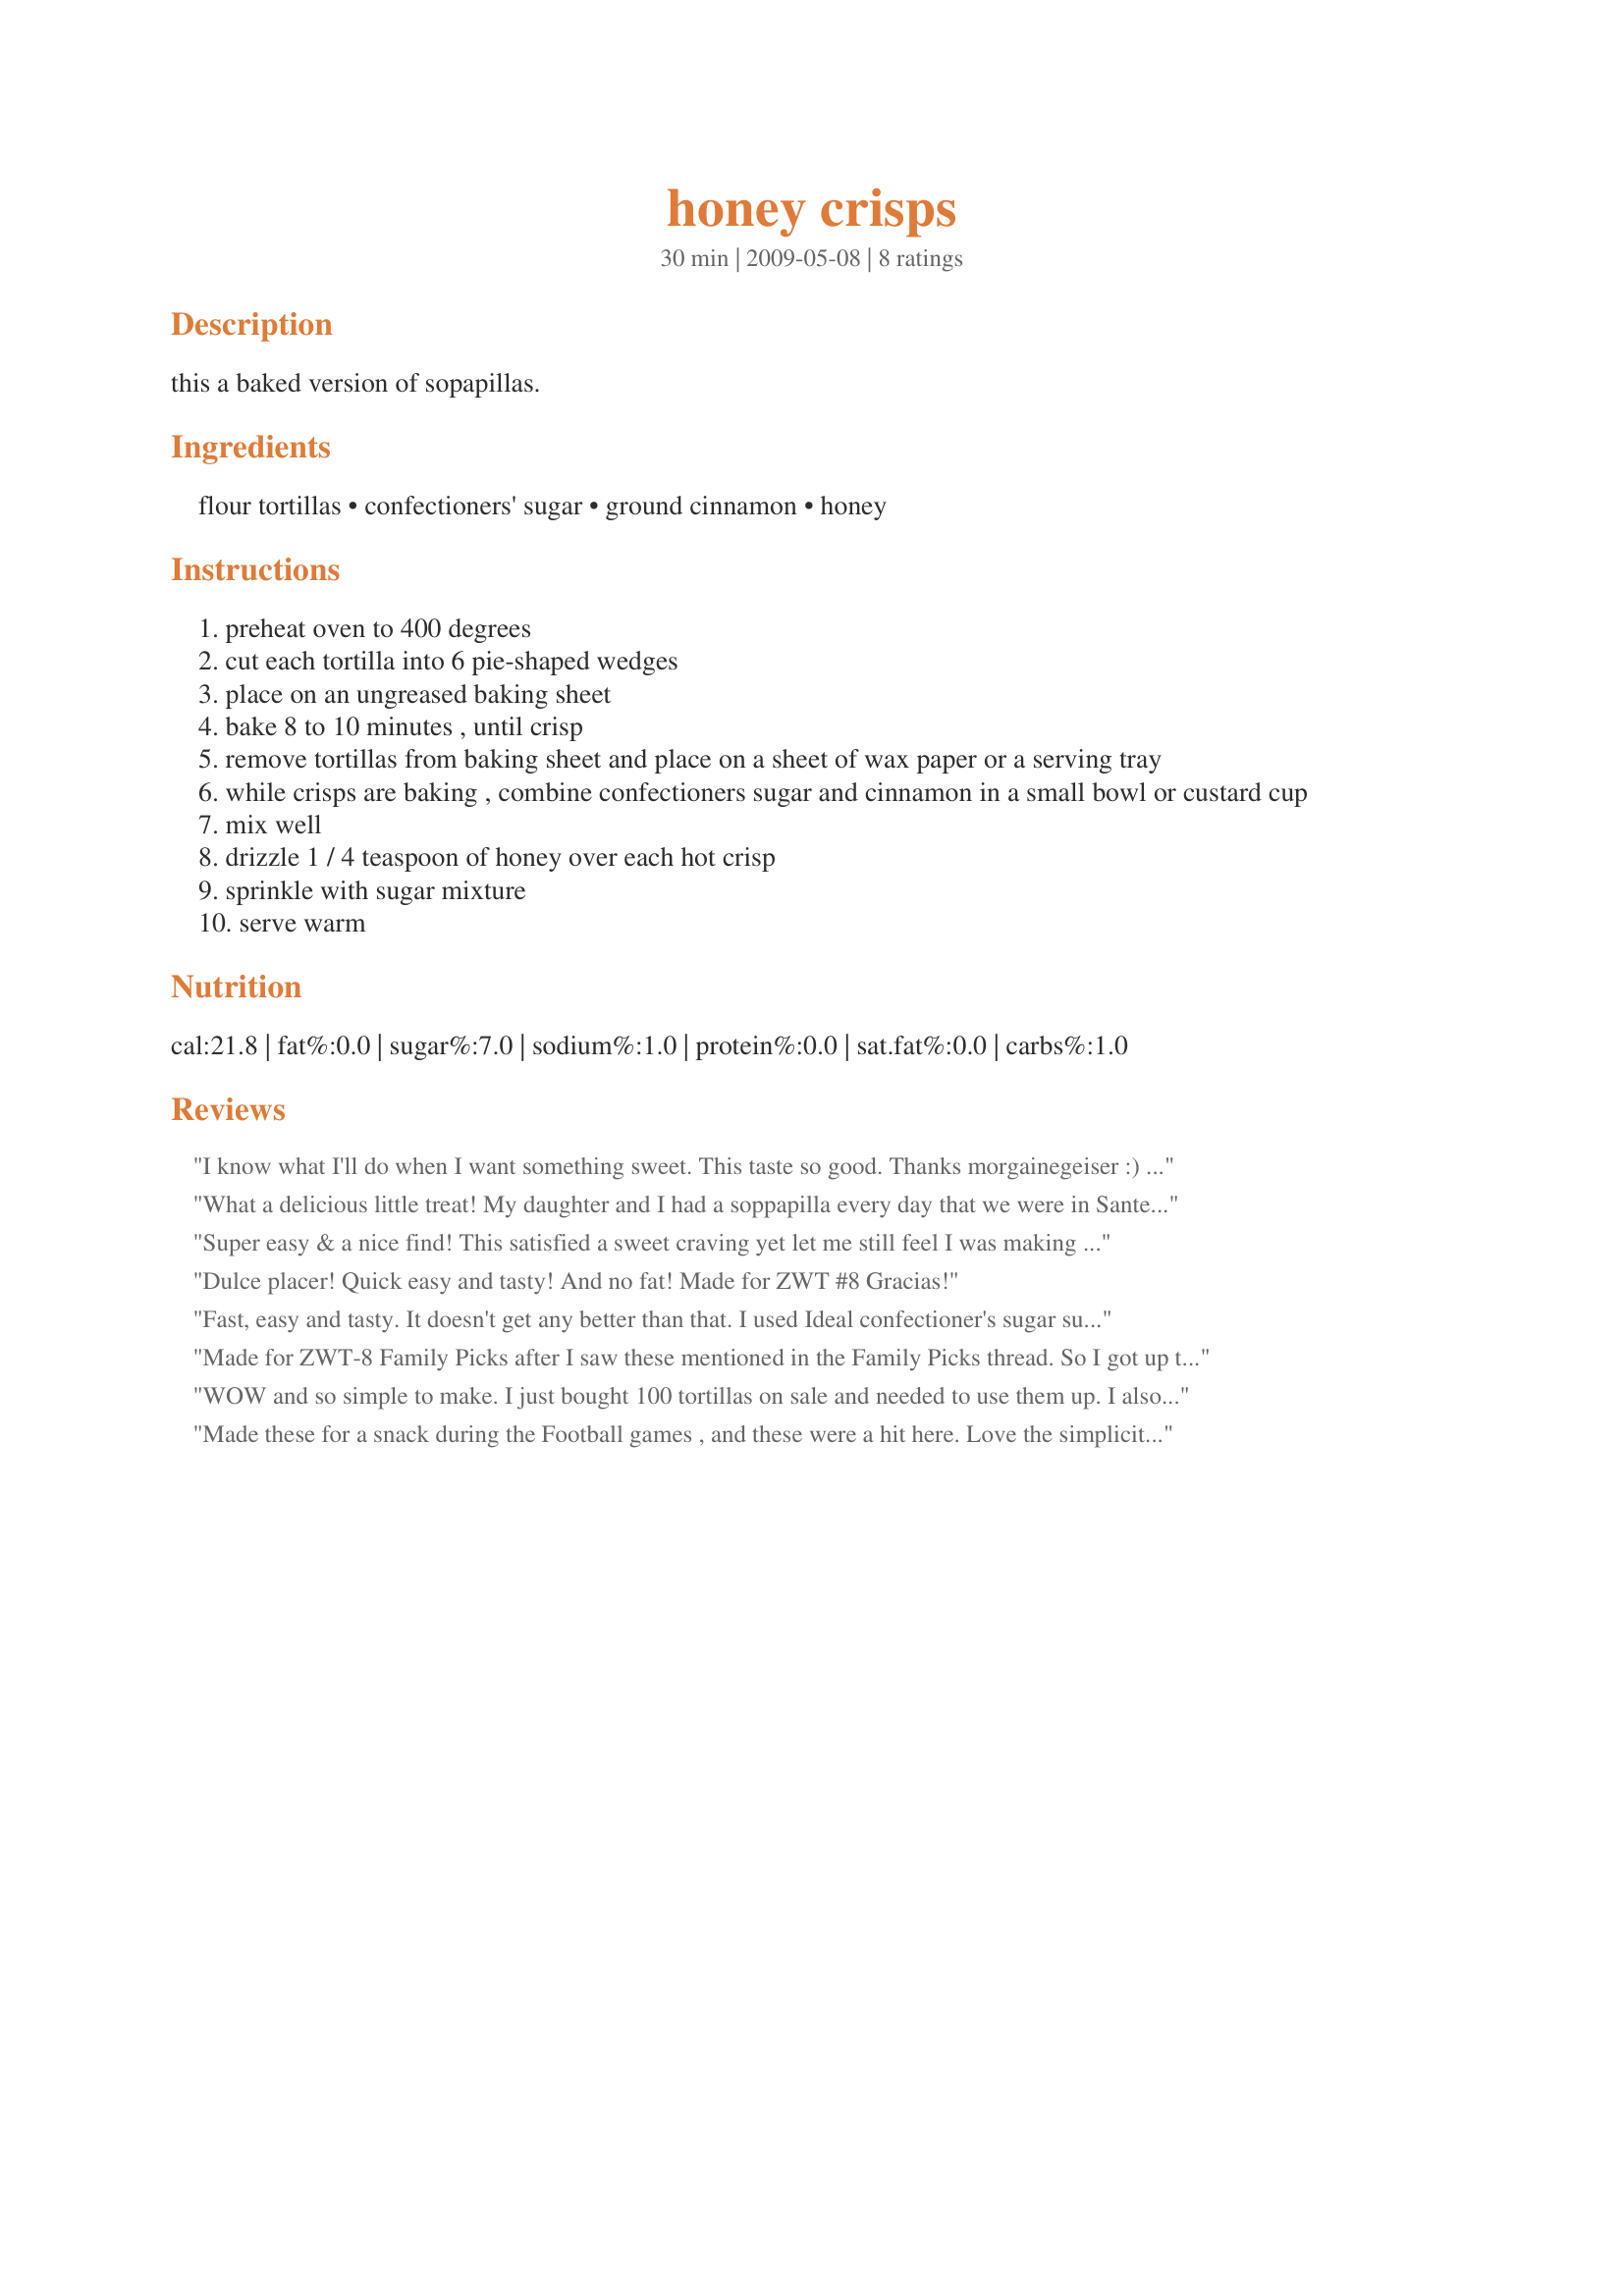
honey crisps
Preparation time: 30 minutes

this a baked version of sopapillas.

Ingredients:
flour tortillas, confectioners' sugar, ground cinnamon, honey

Steps:
preheat oven to 400 degrees
cut each tortilla into 6 pie-shaped wedges
place on an ungreased baking sheet
bake 8 to 10 minutes , until crisp
remove tortillas from baking sheet and place on a sheet of wax paper or a serving tray
while crisps are baking , combine confectioners sugar and cinnamon in a small bowl or custard cup
mix well
drizzle 1 / 4 teaspoon of honey over each hot crisp
sprinkle with sugar mixture
serve warm

Reviews:
I know what I'll do when I want something sweet. This taste so good. Thanks morgainegeiser :) Made for ZWT8 for Diners, Winers and Chives
What a delicious little treat! My daughter and I had a soppapilla every day that we were in Sante Fe (healthy, huh?!). When I saw that this was a baked aka healthier version, I had to give it a try. This delivers on the flavor notes really well without being so unhealthy. My daughter and her friend ate these right up! Thank you!
Super easy & a nice find! This satisfied a sweet craving yet let me still feel I was making good choices for the day. Thank you!
Dulce placer! Quick easy and tasty! And no fat! <br/>Made for ZWT #8 Gracias!
Fast, easy and tasty. It doesn't get any better than that. I used Ideal confectioner's sugar subtitute and loved that I had a yummy treat in such a short amount of time. I tortilla made the perfect amount to satisfy my sweet tooth. Made for February 2012 Aus/NZ Swap.
Made for ZWT-8 Family Picks after I saw these mentioned in the Family Picks thread. So I got up this morning, made my morning coffee while the oven was heating & then made these quick-fix sweet treats B4 I was ready for my 2nd cup of coffee. I used 8" tortillas (all I had on-hand) & cut them into 8 wedges. Then I used 2 of my Pamperd Chef gadgets .. my sml basting brush to spread the honey on the warm tortillas & my flour/sugar shaker to sprinkle the powd sugar/cinnamon mixture atop the honeyed tortillas. It might have taken a total of 2 min from oven to tasting! Yum! Using the same "sweet mix" these would also be good w/butter, cream cheese or even lime juice. Can't wait to try them w/lime juice! Thx for sharing this tasty little treat w/us.
WOW and so simple to make. I just bought 100 tortillas on sale and needed to use them up. I also wanted something besides breakfast or regular tacos. This hit the mark dead on! There was a nice crunch and a tasty flavor to these. Not too sweet like some just perfect. They went over real well with the family for an evening snack. I liked them right from the oven but they were just as good cooled down. I also made some switching out the honey with maple syrup and those were real good as well. There are so many different flavors that can be made with this recipe.
Thank you. Made for ZWT5
Made these for a snack during the Football games , and these were a hit here. Love the simplicity, the flavor, and the taste. Cant wait to try again./ Made for football pool.
